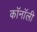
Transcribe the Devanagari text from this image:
कॉनॉली